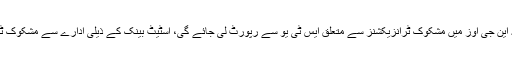
محکمہ داخلہ کے ذرائع کا کہنا ہے کہ این جی اوز میں مشکوک ٹرانزیکشنز سے متعلق ایس ٹی یو سے رپورٹ لی جائے گی، اسٹیٹ بینک کے ذیلی ادارے سے مشکوک ٹرانزیکشنز رپورٹس بھی لی جائیں گی۔